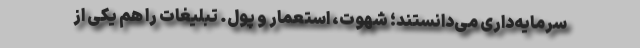
سرمایه‌داری می‌دانستند؛ شهوت، استعمار و پول. تبلیغات را هم یکی از